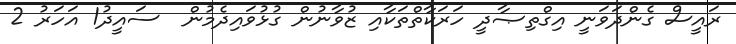
ރައީސް ގެންދަވަނީ އިގްތިޞާދީ ހަރަކާތްތަކާއި ޒުވާނުން ގުޅުވައިދެމުން  ސައީދު1 އަހަރު 2